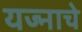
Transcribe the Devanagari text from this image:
यज्नाचे